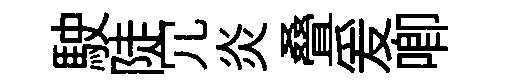
駛陡冗炎叠爰唧